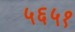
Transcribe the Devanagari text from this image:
५६५१